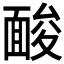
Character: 𩈥